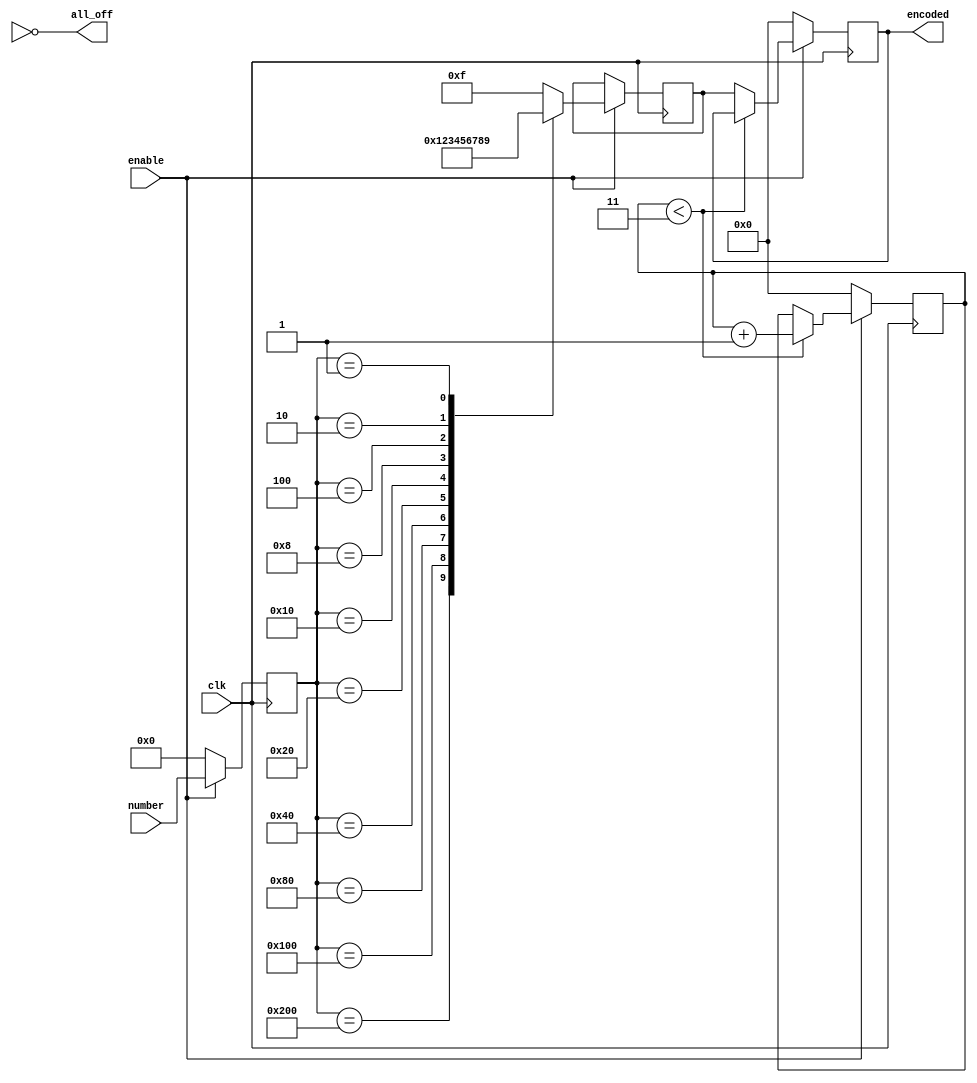
module priority_encoder_4x2(
    input enable,
    input [9:0] number,
    input clk,
  output reg [3:0] encoded,
  output wire all_off
);

reg [9:0] number_reg;
reg [3:0] encoded_reg;
reg [3:0] debounce_counter;

always @(posedge clk) begin
    if (enable) begin
        number_reg <= number;
        case(number_reg)
				10'b1000000000: encoded_reg <= 4'b0000;
            10'b0100000000: encoded_reg <= 4'b0001;
            10'b0010000000: encoded_reg <= 4'b0010;
            10'b0001000000: encoded_reg <= 4'b0011;
            10'b0000100000: encoded_reg <= 4'b0100;
            10'b0000010000: encoded_reg <= 4'b0101;
            10'b0000001000: encoded_reg <= 4'b0110;
            10'b0000000100: encoded_reg <= 4'b0111;
            10'b0000000010: encoded_reg <= 4'b1000;
            10'b0000000001: encoded_reg <= 4'b1001;
				default: encoded_reg <= 4'b1111;
        endcase
        if (debounce_counter < 4'b0011) begin
            debounce_counter <= debounce_counter + 1;
        end else begin
            encoded <= encoded_reg;
        end
    end else begin
        encoded <= 4'b0000;
        number_reg <= 10'b0;
        debounce_counter <= 4'b0;
    end
end
  
  assign all_off = (switches == 10'b000000000);

endmodule